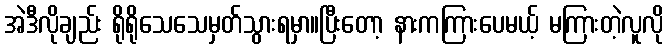
အဲဒီလိုချည်း ရိုရိုသေသေမှတ်သွားရမှာ။ပြီးတော့ နားကကြားပေမယ့် မကြားတဲ့လူလို